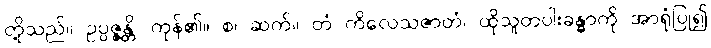
တို့သည်။ ဥပ္ပဇ္ဇန္တိ၊ ကုန်၏။ စ၊ ဆက်။ တံ ကိလေသဇာတံ၊ ထိုသူတပါးခန္ဓာကို အာရုံပြု၍